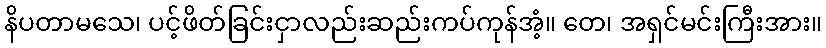
နိပတာမသေ၊ ပင့်ဖိတ်ခြင်းငှာလည်းဆည်းကပ်ကုန်အံ့။ တေ၊ အရှင်မင်းကြီးအား။